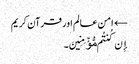
← امن عالم اور قرآن کریم
إِن کُنتُم مُّؤۡمِنِینَ۔